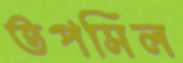
তপসিল